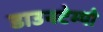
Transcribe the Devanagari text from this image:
डाउनटेम्पो